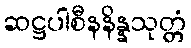
ဆဋ္ဌပါစီနနိန္နသုတ္တံ